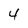
Character: 4